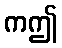
ကဤ